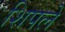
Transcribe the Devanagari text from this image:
शिपले